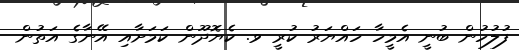
ފުލުހުން ބުނީ އެމީހާ ހައްޔަރު ކުރީ ވ. ކެޔޮދޫން ކަމަށާއި އޭނާގެ އަތުން